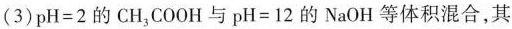
(3) $$p H = 2$$ 的 CH_{3}COOH 与 $$p H = 1 2$$ 的 NaOH 等体积混合，其